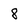
Character: 8